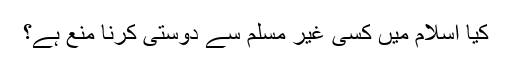
کیا اسلام میں کسی غیر مسلم سے دوستی کرنا منع ہے؟